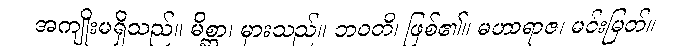
အကျိုးမရှိသည်။ မိစ္ဆာ၊ မှားသည်။ ဘဝတိ၊ ဖြစ်၏။ မဟာရာဇ၊ မင်းမြတ်။